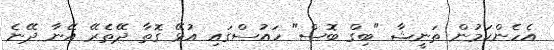
އެހެންކަމުން ތަނީޝާ "ބިގް ބޮސް" ހައުސްގައި އުޅޭ ގޮތާ ދޭތެރޭ އޭނާ ދޭނެ